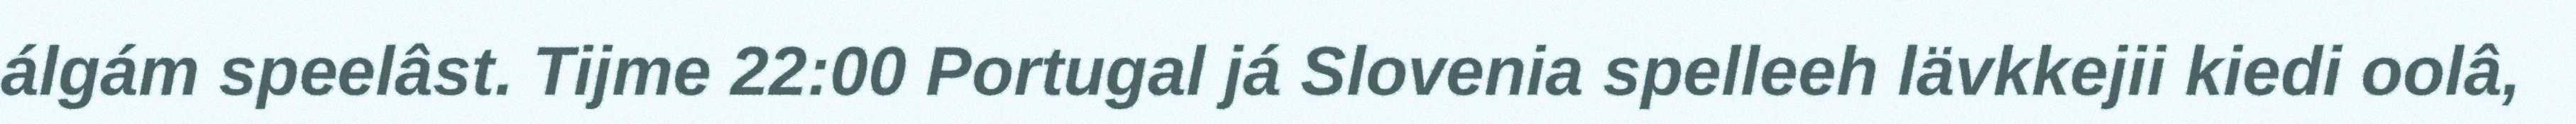
álgám speelâst. Tijme 22:00 Portugal já Slovenia spelleeh lävkkejii kiedi oolâ,